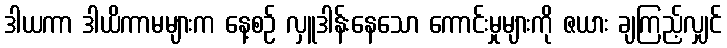
ဒါယကာ ဒါယိကာမများက နေ့စဉ် လှူဒါန်းနေသော ကောင်းမှုများကို ဇယား ချကြည့်လျှင်